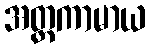
အတ္ထကာမာယ